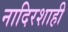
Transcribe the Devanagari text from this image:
नादिरशाही